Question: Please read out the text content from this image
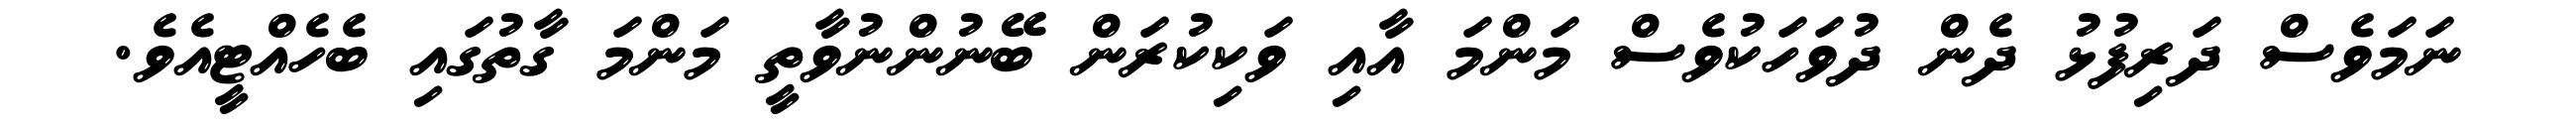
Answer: ނަމަވެސް ދަރިފުޅު ދެން ދުވަހަކުވެސް މަންމަ އާއި ވަކިކުރަން ބޭނުންނުވާތީ މަންމަ ގާތުގައި ބެހެއްޓީއެވެ.